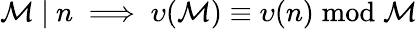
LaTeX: \mathcal{M}\ |\ n\implies\upsilon(\mathcal{M})\equiv\upsilon(n){\bmod{\mathcal{M}}}